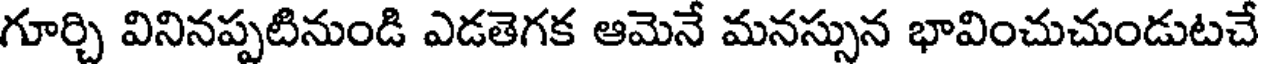
గూర్చి వినినప్పటినుండి ఎడతెగక ఆమెనే మనస్సున భావించుచుండుటచే